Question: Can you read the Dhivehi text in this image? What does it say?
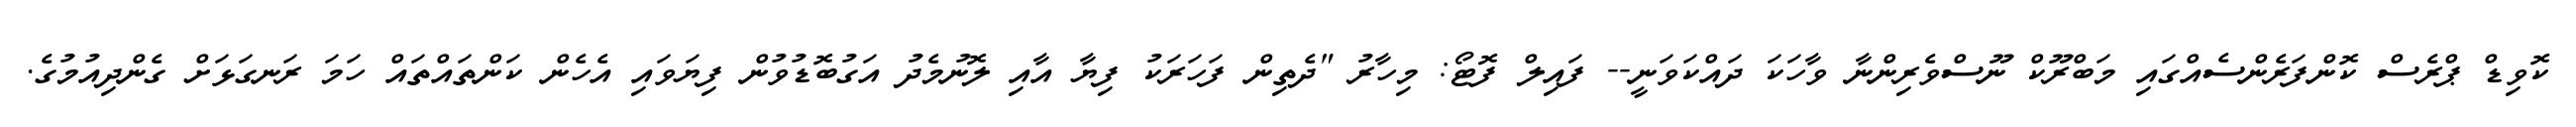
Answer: ކޮވިޑް ޕްރެސް ކޮންފަރެންސެއްގައި މަބްރޫކް ނޫސްވެރިންނާ ވާހަކަ ދައްކަވަނީ-- ފައިލް ފޮޓޯ: މިހާރު "ދެތިން ފަހަރަކު ފިޔާ އާއި ލޮނުމެދު އަގުބޮޑުވުން ފިޔަވައި އެހެން ކަންތައްތައް ހަމަ ރަނގަޅަށް ގެންދިއުމުގެ.